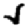
Digit: 5